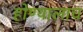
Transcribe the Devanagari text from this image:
होण्यालाच